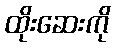
ထိုးဆေးကို